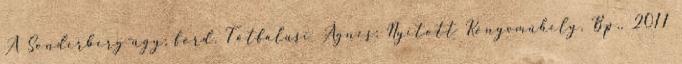
A Sonderberg-ügy; ford. Tótfalusi Ágnes; Nyitott Könyvműhely, Bp., 2011